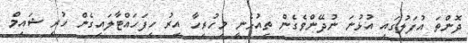
ދޮންތަ އުފަލުގައި އުޅުނަ ނުދޭންވެގެން ތިއުޅެނީ މިހުރިހާ އިރު ހިފަހައްޓާލައިގެން ހުރި ޝައިމް